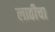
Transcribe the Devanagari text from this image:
लाठीचा